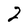
Character: 2